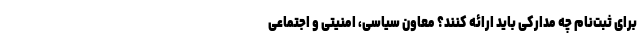
برای ثبت‌نام چه مدارکی باید ارائه کنند؟ معاون سیاسی، امنیتی و اجتماعی